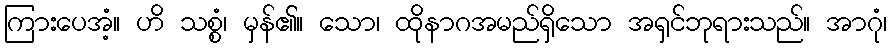
ကြားပေအံ့။ ဟိ သစ္စံ၊ မှန်၏။ သော၊ ထိုနာဂအမည်ရှိသော အရှင်ဘုရားသည်။ အာဂုံ၊